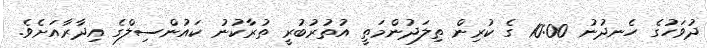
ދުވަހުގެ ހެނދުނު 10:00 ގެ ކުރިން ތިލަދުންމަތީ އުތުރުބުރީ ތުރާކުނު ކައުންސިލްގެ އިދާރާއަށެވެ.